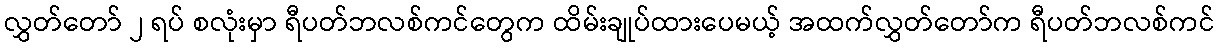
လွှတ်တော် ၂ ရပ် စလုံးမှာ ရီပတ်ဘလစ်ကင်တွေက ထိမ်းချုပ်ထားပေမယ့် အထက်လွှတ်တော်က ရီပတ်ဘလစ်ကင်